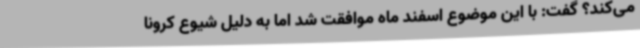
می‌کند؟ گفت: با این موضوع اسفند ماه موافقت شد اما به دلیل شیوع کرونا